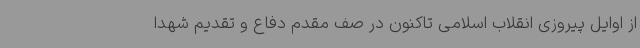
از اوایل پیروزی انقلاب اسلامی تاکنون در صف مقدم دفاع و تقدیم شهدا